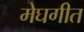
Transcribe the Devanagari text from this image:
मेघगीत